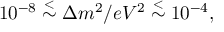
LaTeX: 1 0 ^ { - 8 } \stackrel { < } { \sim } \Delta m ^ { 2 } / e V ^ { 2 } \stackrel { < } { \sim } 1 0 ^ { - 4 } ,